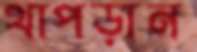
থাপড়ান